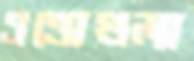
এত্তোগুলা